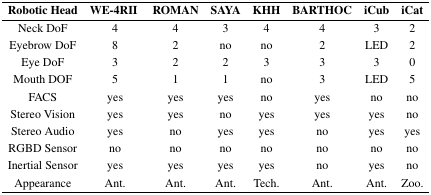
<table><thead><tr><td><b>Robotic Head</b></td><td><b>WE-4RII</b></td><td><b>ROMAN</b></td><td><b>SAYA</b></td><td><b>KHH</b></td><td><b>BARTHOC</b></td><td><b>iCub</b></td><td><b>iCat</b></td></tr></thead><tbody><tr><td>Neck DoF</td><td>4</td><td>4</td><td>3</td><td>4</td><td>4</td><td>3</td><td>2</td></tr><tr><td>Eyebrow DoF</td><td>8</td><td>2</td><td>no</td><td>no</td><td>2</td><td>LED</td><td>2</td></tr><tr><td>Eye DoF</td><td>3</td><td>2</td><td>2</td><td>3</td><td>3</td><td>3</td><td>0</td></tr><tr><td>Mouth DOF</td><td>5</td><td>1</td><td>1</td><td>no</td><td>3</td><td>LED</td><td>5</td></tr><tr><td>FACS</td><td>yes</td><td>yes</td><td>yes</td><td>no</td><td>yes</td><td>no</td><td>no</td></tr><tr><td>Stereo Vision</td><td>yes</td><td>yes</td><td>no</td><td>yes</td><td>yes</td><td>yes</td><td>no</td></tr><tr><td>Stereo Audio</td><td>yes</td><td>no</td><td>yes</td><td>yes</td><td>no</td><td>yes</td><td>yes</td></tr><tr><td>RGBD Sensor</td><td>no</td><td>no</td><td>no</td><td>no</td><td>no</td><td>no</td><td>no</td></tr><tr><td>Inertial Sensor</td><td>yes</td><td>yes</td><td>yes</td><td>yes</td><td>no</td><td>yes</td><td>no</td></tr><tr><td>Appearance</td><td>Ant.</td><td>Ant.</td><td>Ant.</td><td>Tech.</td><td>Ant.</td><td>Ant.</td><td>Zoo.</td></tr></tbody></table>